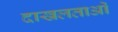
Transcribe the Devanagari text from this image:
दाखलताओं